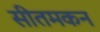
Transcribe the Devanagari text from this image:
सीतमकन